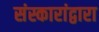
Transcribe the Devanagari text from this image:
संस्कारांद्वारा